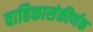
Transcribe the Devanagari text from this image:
वाहिकासंकीर्णक